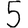
Digit: 5